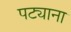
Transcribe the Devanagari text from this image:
पट्याना